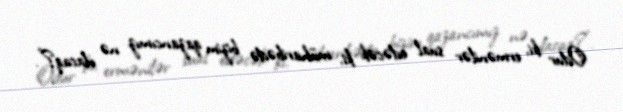
Odur ki, ermənilər sual edəcək ki, müharibədə bizim qazancımız nə olacaq?”.